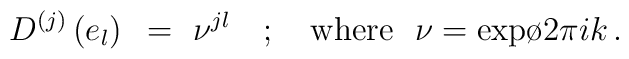
D^{(j)}\left( e_l \right) ~=~\nu^{jl} ~~~;{}~~~{\rm where} ~~\nu={\rm exp}{ {\o{2\pi i}{k}} }\, .